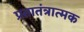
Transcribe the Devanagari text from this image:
प्रतातंत्रात्मक